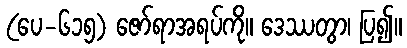
(ပေ-၆၁၅) ဇော်ရာအရပ်ကို။ ဒေဿတွာ၊ ပြ၍။